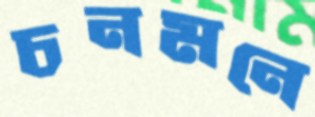
চনমনে